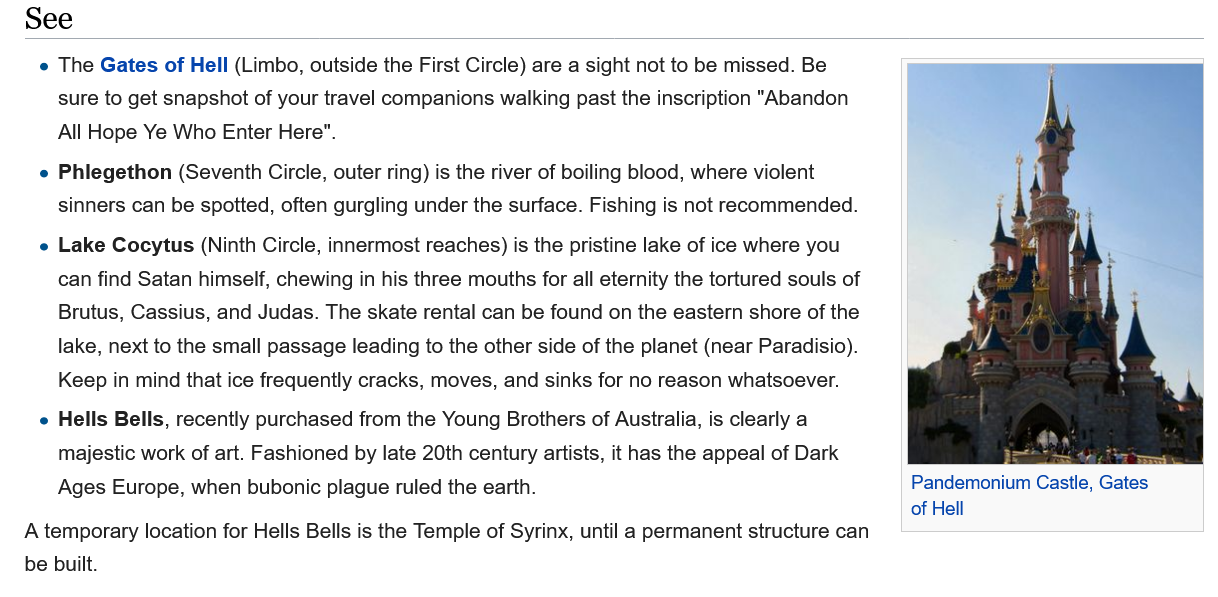
Pandemonium Castle, Gates
     of Hell
   See
    e The Gates of Hell (Limbo, outside the First Circle) are a sight not to be missed. Be
     sure to get snapshot of your travel companions walking past the inscription "Abandon
     All Hope Ye Who Enter Here".
    e Phlegethon (Seventh Circle, outer ring) is the river of boiling blood, where violent
     sinners can be spotted, often gurgling under the surface. Fishing is not recommended.
    e Lake Cocytus (Ninth Circle, innermost reaches) is the pristine lake of ice where you
     can find Satan himself, chewing in his three mouths for all eternity the tortured souls of
     Brutus, Cassius, and Judas. The skate rental can be found on the eastern shore of the
     lake, next to the small passage leading to the other side of the planet (near Paradisio).
     Keep in mind that ice frequently cracks. moves. and sinks for no reason whatsoever.
    e Hells Bells, recently purchased from the Young Brothers of Australia, is clearly a
     majestic work of art. Fashioned by late 20th century artists, it has the appeal of Dark
     Ages Europe, when bubonic plague ruled the earth.
   A temporary location for Hells Bells is the Temple of Syrinx, until a permanent structure can
   be built.